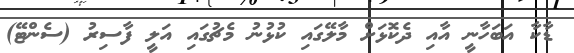
ޑާކާ އަބަހާނީ އާއި ދެކޮޅަށް މާލޭގައި ކުޅުނު މެޗުގައި އަލީ ފާސިރު (ސެންޓޭ)